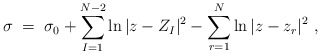
\begin{align*}\sigma\; = \;\sigma_0 +\sum_{I=1}^{N-2} \ln|z - Z_I|^2 -\sum_{r=1}^{N} \ln|z-z_r|^2\ ,\end{align*}